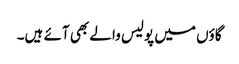
گاؤں میں پولیس والے بھی آئے ہیں۔